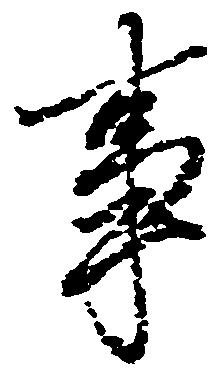
事